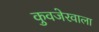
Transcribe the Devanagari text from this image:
कुवजेरवाला